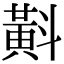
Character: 斢